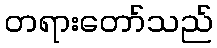
တရားတော်သည်